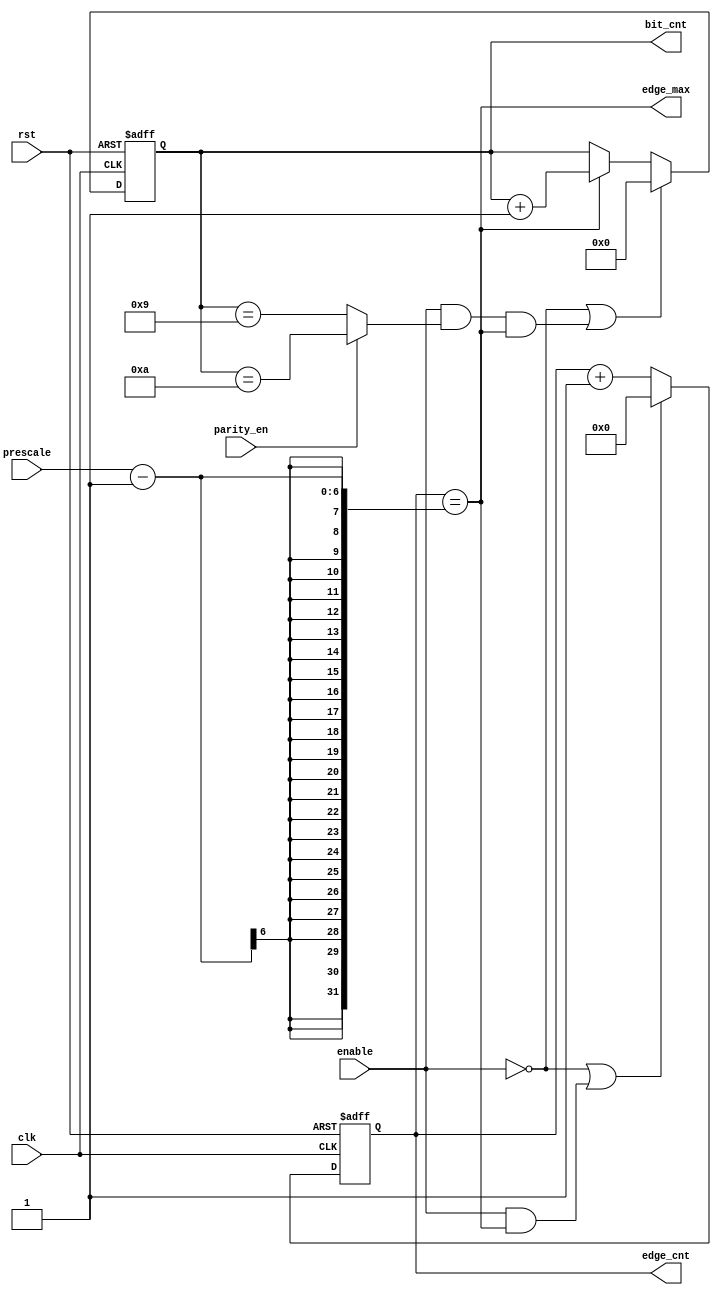
module edge_bit_counter #(
  parameter MAX_PRESCALE = 32                       ,
            PAR_MAX      = 11                       ,
            PRSC_WIDTH   = ($clog2(MAX_PRESCALE)+1) ,
            FRAME_WIDTH  = ($clog2(PAR_MAX) + 1)    )
  (
  input   wire  clk       ,
  input   wire  rst       ,
  input   wire  enable    ,
  input   wire  parity_en ,
  input   wire  [PRSC_WIDTH-1:0]  prescale  ,
  output  reg   [PRSC_WIDTH-2:0]  edge_cnt  ,
  output  reg   [FRAME_WIDTH-2:0] bit_cnt   ,
  output  wire                    edge_max  );
  
  // counter max value declaration
  wire bit_max;
  
  // edge sampling counter
  always @(posedge clk, negedge rst)
  begin
    if(!rst)
      edge_cnt <= 'b0;
    else if(!enable || (enable && edge_max))
      edge_cnt <= 'b0;
    else
      edge_cnt <= edge_cnt + 1'b1;
  end
  
  // bit counter
  always @(posedge clk, negedge rst)
  begin
    if(!rst)
      bit_cnt <= 'b0;
    else if(!enable || (enable && bit_max && edge_max))
      bit_cnt <= 'b0;
    else if(edge_max)
      bit_cnt <= bit_cnt + 1'b1;
  end    

  // flag assign statement
  assign edge_max       = (edge_cnt == prescale - 1);
  assign bit_max        = (parity_en)? (bit_cnt == 'b1010) : (bit_cnt == 'b1001);

endmodule